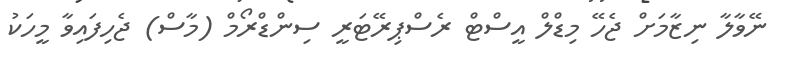
ނޭވާލާ ނިޒާމަށް ޖެހޭ މިޑްލް އީސްޓް ރެސްޕިރޭޓަރީ ސިންޑްރޯމް (މާސް) ޖެހިފައިވާ މީހަކު